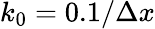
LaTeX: k_{0}=0.1/\Delta x